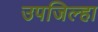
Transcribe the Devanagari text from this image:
उपजिल्हा